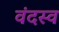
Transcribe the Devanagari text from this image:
वंदस्व